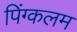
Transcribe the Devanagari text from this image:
पिंग्कलम